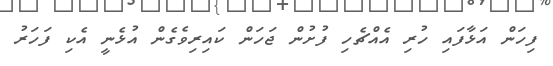
ފިހަން އަޅާފައި ހުރި އެއްޗެހި ފުށުން ޖަހަން ކައިރިވެގެން އުޅެނީ އެކި ފަހަރު